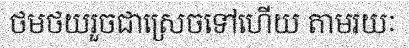
ថមថយរួចជាស្រេចទៅហើយ តាមរយៈ